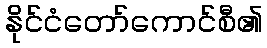
နိုင်ငံတော်ကောင်စီ၏